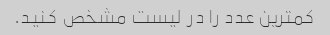
کمترین عدد را در لیست مشخص کنید.